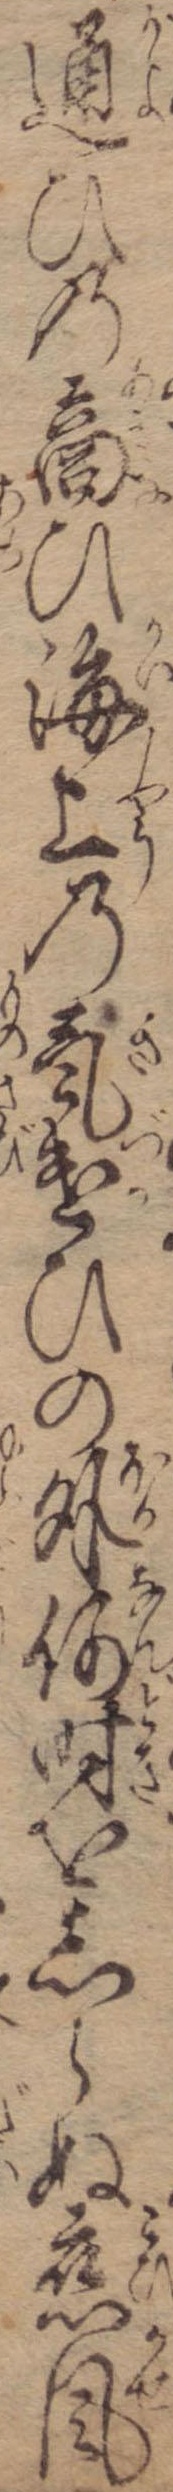
通ひの商ひ海上の気遣ひの外何時をしらぬ恋風